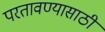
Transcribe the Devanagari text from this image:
परतावण्यासाठी